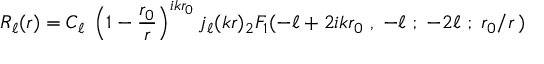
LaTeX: R _ { \ell } ( r ) = C _ { \ell } \; \left( 1 - { \frac { r _ { 0 } } { r } } \right) ^ { i k r _ { 0 } } j _ { \ell } ( k r ) { } _ { 2 } F _ { 1 } ( - \ell + 2 i k r _ { 0 } \; , \; - \ell \; ; \; - 2 \ell \; ; \; r _ { 0 } / r \, )